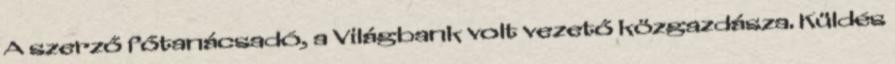
A szerző főtanácsadó, a Világbank volt vezető közgazdásza. Küldés